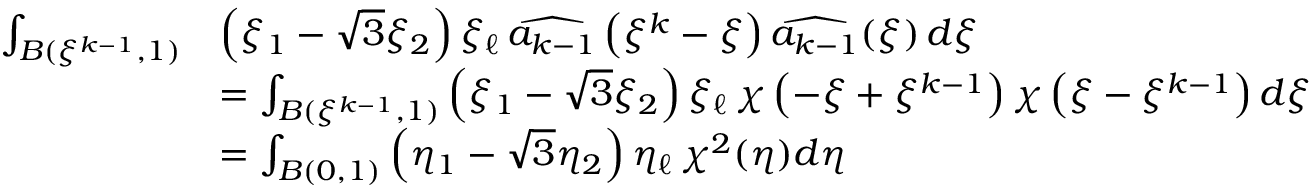
\begin{array} { r l } { \int _ { B ( \xi ^ { k - 1 } , 1 ) } } & { \left( \xi _ { 1 } - \sqrt { 3 } \xi _ { 2 } \right) \xi _ { \ell } \, \widehat { a _ { k - 1 } } \left( \xi ^ { k } - \xi \right) \widehat { a _ { k - 1 } } ( \xi ) \, d \xi } \\ & { = \int _ { B ( \xi ^ { k - 1 } , 1 ) } \left( \xi _ { 1 } - \sqrt { 3 } \xi _ { 2 } \right) \xi _ { \ell } \, \chi \left( - \xi + \xi ^ { k - 1 } \right) \chi \left( \xi - \xi ^ { k - 1 } \right) d \xi } \\ & { = \int _ { B ( 0 , 1 ) } \left( \eta _ { 1 } - \sqrt { 3 } \eta _ { 2 } \right) \eta _ { \ell } \, \chi ^ { 2 } ( \eta ) d \eta } \end{array}